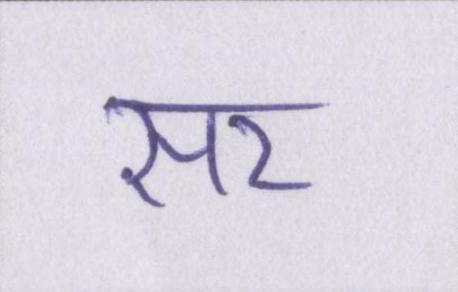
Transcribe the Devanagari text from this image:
सर